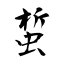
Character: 蜤